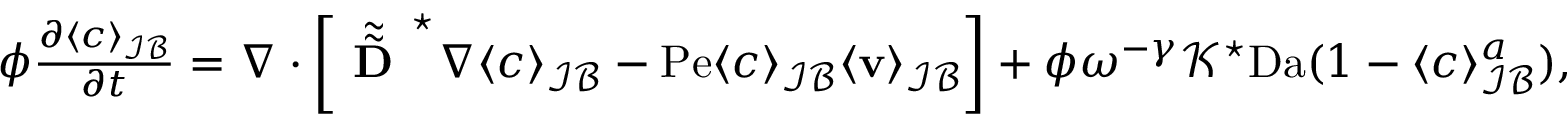
\begin{array} { r l } & { \phi \frac { \partial \langle c \rangle _ { \mathcal { I B } } } { \partial t } = \nabla \cdot \left[ \tilde { \tilde { \textbf { D } } } ^ { \star } \nabla \langle c \rangle _ { \mathcal { I B } } - \mathrm { P e } \langle c \rangle _ { \mathcal { I B } } \langle \mathbf v \rangle _ { \mathcal { I B } } \right] + \phi \omega ^ { - \gamma } \mathcal { K } ^ { \star } \mathrm { D a } ( 1 - \langle c \rangle _ { \mathcal { I B } } ^ { a } ) , } \end{array}